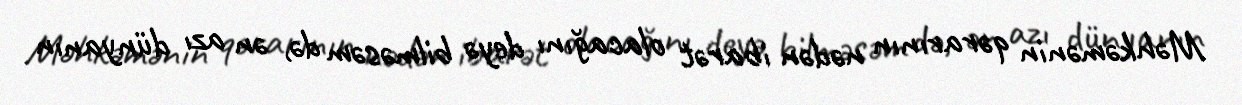
Məhkəmənin qərarının nədən ibarət olacağını deyə bilməsəm də, ən azı dünyanın